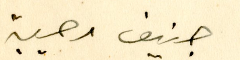
جنيف مهيبة